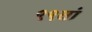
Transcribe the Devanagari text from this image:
९९वां